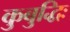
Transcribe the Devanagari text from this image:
कुबुद्धिः